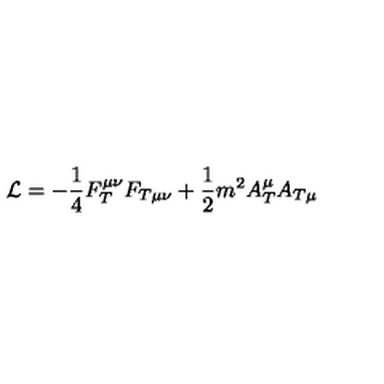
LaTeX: { \cal L } = - \frac 1 4 F _ { T } ^ { \mu \nu } F _ { T \mu \nu } + \frac 1 2 m ^ { 2 } A _ { T } ^ { \mu } A _ { T \mu }